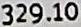
329.10